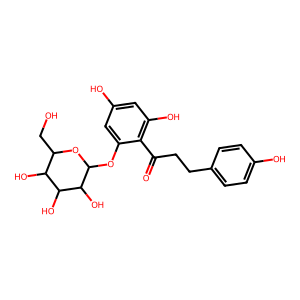
SMILES: O=C(CCc1ccc(O)cc1)c1c(O)cc(O)cc1OC1OC(CO)C(O)C(O)C1O
Inhibits HIV replication: No